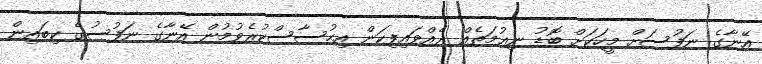
އޭނާގެ ނަފުސަށް މީހަކަށް ބޮޑު ނިޢުމަތެއް ދެއްވައިފިކަން އިޙުސާސްކުރެވުމުން އޭނާގެ ނަފުސުގެ ކިބައިން